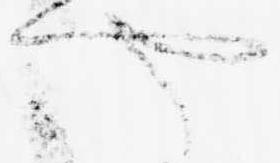
や